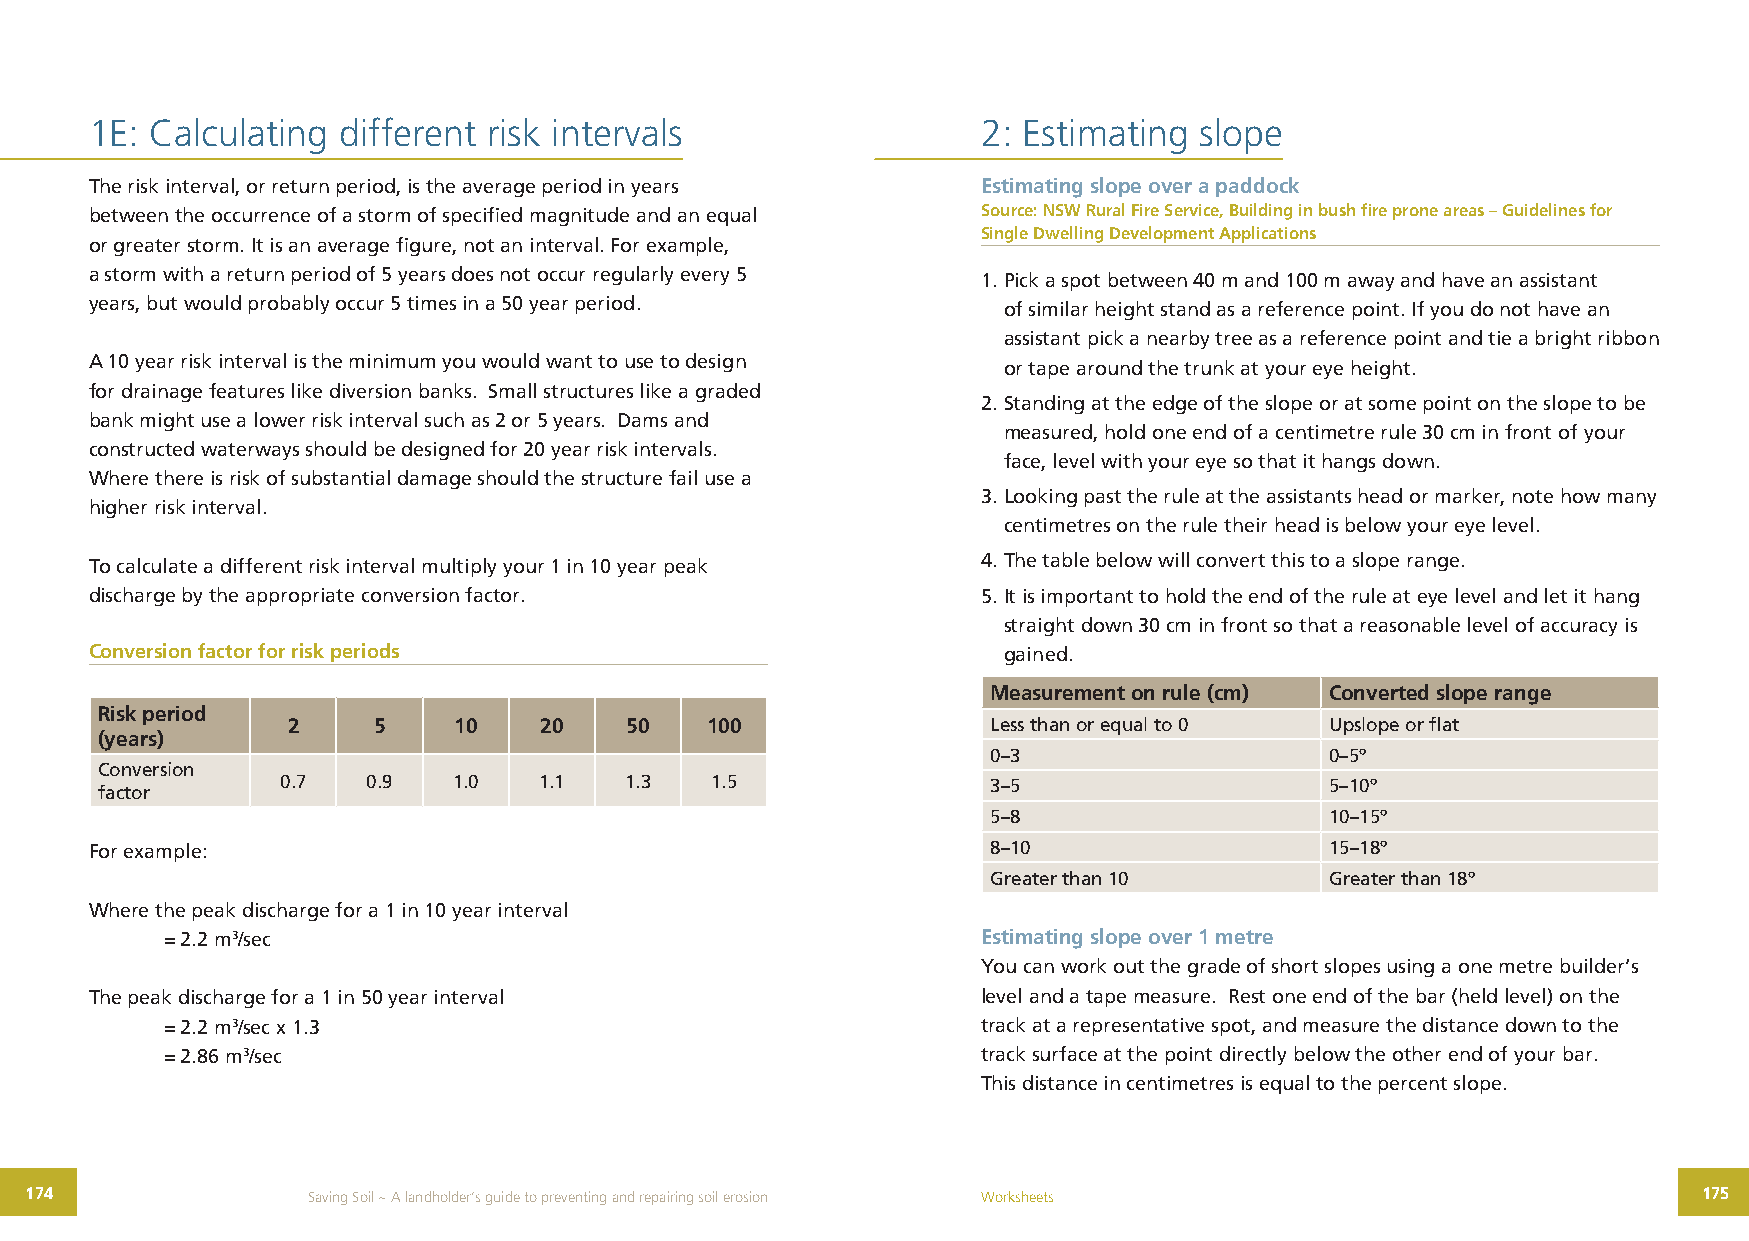
1E: Calculating different risk intervals                   2: Estimating slope
 The risk interval, or return period, is the average period in years Estimating slope over a paddock
 between the occurrence of a storm of specified magnitude and an equal Source: NSW Rural Fire Service, Building in bush fire prone areas – Guidelines for
 Single Dwelling Development Applications
 or greater storm. It is an average figure, not an interval. For example,
 a storm with a return period of 5 years does not occur regularly every 5 1. Pick a spot between 40 m and 100 m away and have an assistant
 years, but would probably occur 5 times in a 50 year period. of similar height stand as a reference point. If you do not have an
 assistant pick a nearby tree as a reference point and tie a bright ribbon
 A 10 year risk interval is the minimum you would want to use to design or tape around the trunk at your eye height.
 for drainage features like diversion banks. Small structures like a graded
 2. Standing at the edge of the slope or at some point on the slope to be
 bank might use a lower risk interval such as 2 or 5 years. Dams and
 measured, hold one end of a centimetre rule 30 cm in front of your
 constructed waterways should be designed for 20 year risk intervals.
 face, level with your eye so that it hangs down.
 Where there is risk of substantial damage should the structure fail use a
 3. Looking past the rule at the assistants head or marker, note how many
 higher risk interval.
 centimetres on the rule their head is below your eye level.
 To calculate a different risk interval multiply your 1 in 10 year peak 4. The table below will convert this to a slope range.
 discharge by the appropriate conversion factor.            5. It is important to hold the end of the rule at eye level and let it hang
 straight down 30 cm in front so that a reasonable level of accuracy is
 Conversion factor for risk periods                          gained.
 Measurement on rule (cm) Converted slope range
 Risk period
 2     5    10    20   50    100                Less than or equal to 0 Upslope or flat
 (years)
 0–3                   0–5º
 Conversion
 0.7  0.9   1.0   1.1  1.3   1.5                3–5                   5–10º
 factor
 5–8                   10–15º
 For example:                                                8–10                  15–18º
 Greater than 10       Greater than 18º
 Where the peak discharge for a 1 in 10 year interval
 = 2.2 m3/sec                                          Estimating slope over 1 metre
 You can work out the grade of short slopes using a one metre builder’s
 The peak discharge for a 1 in 50 year interval             level and a tape measure. Rest one end of the bar (held level) on the
 = 2.2 m3/sec x 1.3                                    track at a representative spot, and measure the distance down to the
 = 2.86 m3/sec                                         track surface at the point directly below the other end of your bar.
 This distance in centimetres is equal to the percent slope.
 174               Saving Soil ~ A landholder’s guide to preventing and repairing soil erosion Worksheets       175